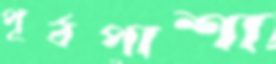
পূর্বপাশা